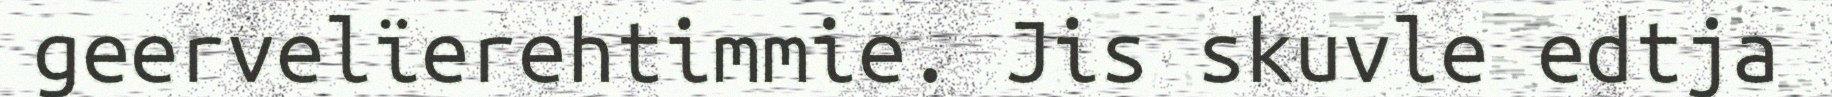
geervelïerehtimmie. Jis skuvle edtja